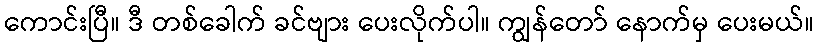
ကောင်းပြီ။ ဒီ တစ်ခေါက် ခင်ဗျား ပေးလိုက်ပါ။ ကျွန်တော် နောက်မှ ပေးမယ်။